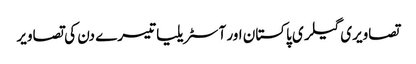
تصاویری گیلری پاکستان اور آسٹریلیا تیسرے دن کی تصاویر